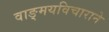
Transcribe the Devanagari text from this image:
वाङ्मयविचाराने